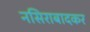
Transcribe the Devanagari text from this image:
नसिराबादकर